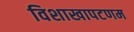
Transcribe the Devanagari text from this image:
विशाखापटणम